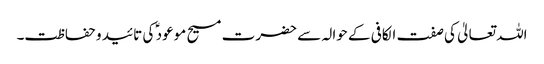
اللہ تعالیٰ کی صفت الکافی کے حوالہ سے حضرت مسیح موعود ؑ کی تائید و حفاظت۔